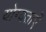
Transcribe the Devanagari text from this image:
योग्यताऐं